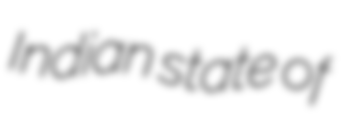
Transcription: Indian state of